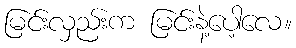
မြင်းလှည်းက မြင်းနဲ့ပေါ့လေ။